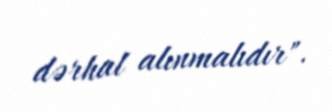
dərhal alınmalıdır".